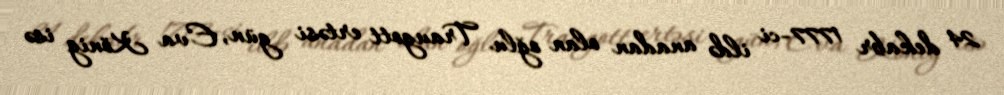
24 dekabr 1777-ci ildə anadan olan oğlu Traugott ertəsi gün, Eva König isə